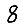
Digit: 8